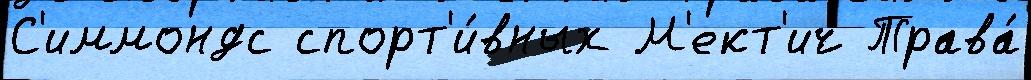
С'иммондс спорт'и́вных М'ект'ич Трава́